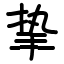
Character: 挚